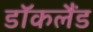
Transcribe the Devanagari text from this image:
डॉकलैंड